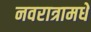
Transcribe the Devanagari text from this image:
नवरात्रामधे